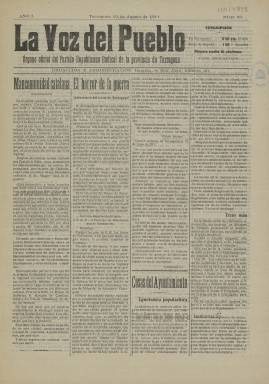
Título: La Voz del Pueblo (Tarragona)
Colección: Periódicos
Ámbito geográfico: Tarragona
Lugar de publicación: Tarragona
Fechas: 19/08/1911-21/01/1912

Semanario de la provincia de Tarragona que comenzó en 1911 y del que la BNE sólo conserva dos ejemplares, pese a que tuvo una vida dilatada, dado que tuvo dos épocas de edición y se prolongó hasta los años 30 de la II República.

  Como su subtítulo declaraba, se trataba del órgano del partido republicano radical en Tarragona, el partido que lideraba a escala nacional Alejandro Lerroux. Era una formación política de ideario republicano y anticlerical, que fue con el tiempo suavizando su postura, llegando a ser un partido centrista que llegó al Gobierno en la II República.

   El periódico estaba escrito en castellano, lo que ya indica que abogaba por una España unida y rechazaba la independencia de Cataluña, algo que demandaban ya otras publicaciones republicanas escritas en catalán.

  Se componía de cuatro páginas a cuatro columnas y la última página estaba dedicada a la publicidad para pagar los gastos de edición. Como era normal en la prensa partidista, primaban los artículos de fondo sobre la información propiamente dicha. Se centraba en los asuntos locales, aunque abordaba los grandes temas nacionales cuando se producía algún acontecimiento de actualidad.

   Un acontecimiento de este tipo es el que recoge en la portada de su número de 21 de enero de 1912, con los titulares: ‘Final del proceso de Cullera ¡¡Hemos triunfado!!’. Hace referencia al proceso por los violentos sucesos ocurrido en esa localidad valenciana durante la huelga general de septiembre del año anterior. Hubo condenas a muerte, pero fueron revocadas salvo una, la de Juan Jover, el Chato de Cuqueta, líder de la revuelta.

   Muchas instituciones y organizaciones, también en el extranjero, se movilizaron para pedir el indulto para éste último también, a lo que el rey Alfonso XIII accedió cuando ya estaba levantado el patíbulo para la ejecución. Supuso un paso importante contra la pena de muerte.

[Descripción publicada el 17/08/2022]